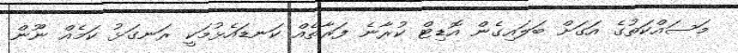
މަސައްކަތުގެ އަގަށް ބަލައިގެން އޮޑިޓް ކުރާނެ ފަރާތެއް ކަނޑައެޅުމަކީ ރަނގަޅު ކަމެއް ނޫން